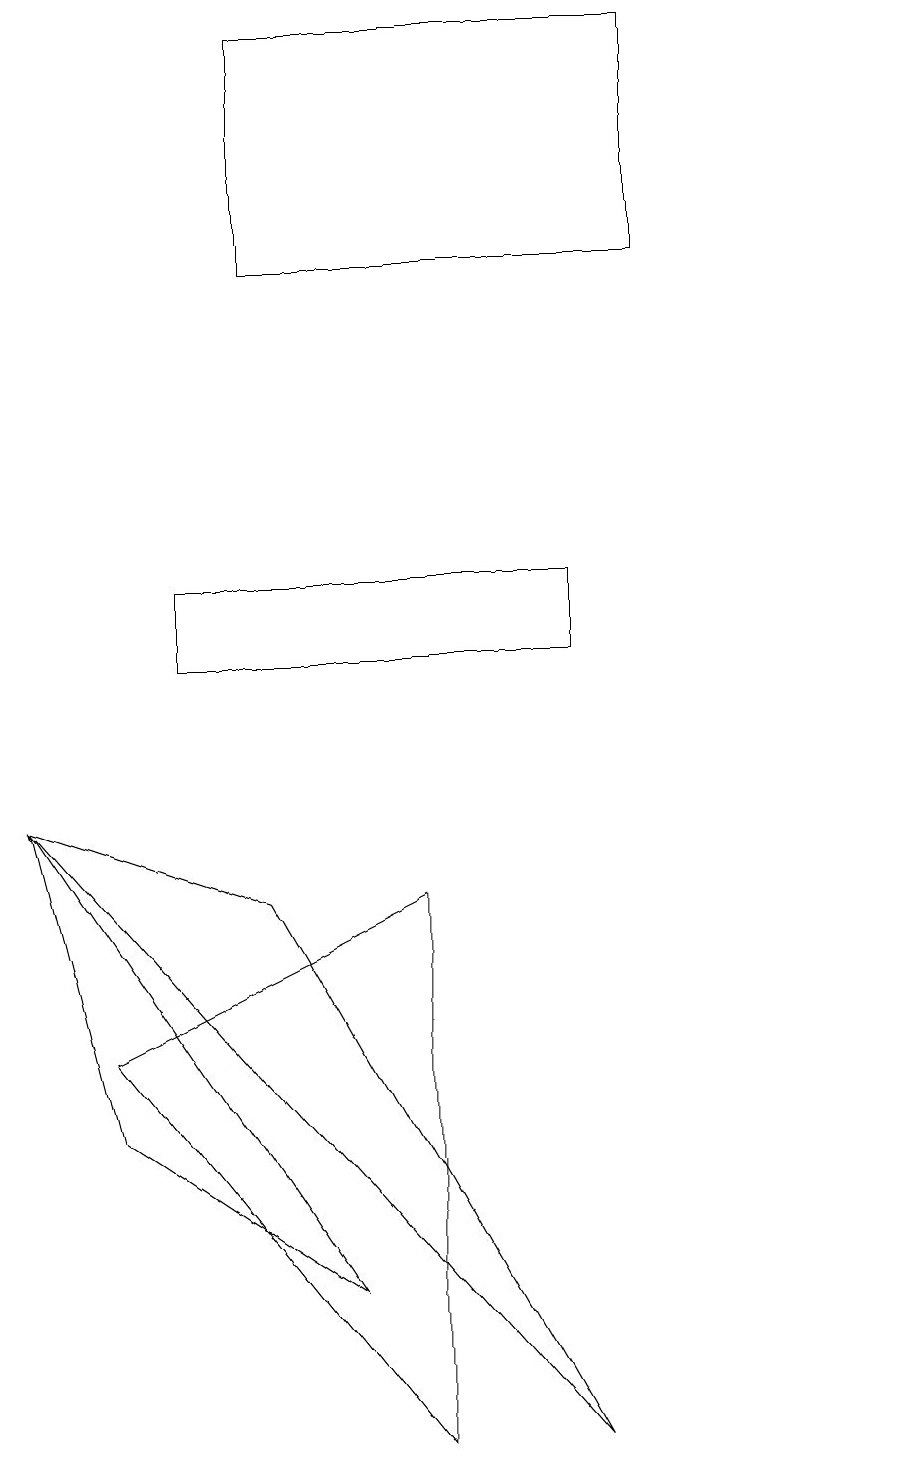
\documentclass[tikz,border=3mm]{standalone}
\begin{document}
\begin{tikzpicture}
\draw (3,7) -- (7,0) -- (0,8) -- cycle;
\draw (8,15) rectangle (3,18);
\draw (1,4) -- (0,8) -- (4,2) -- cycle;
\draw (11,12) circle (0);
\draw (1,5) -- (5,7) -- (5,0) -- cycle;
\draw (7,11) rectangle (2,10);
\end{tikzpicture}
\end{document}